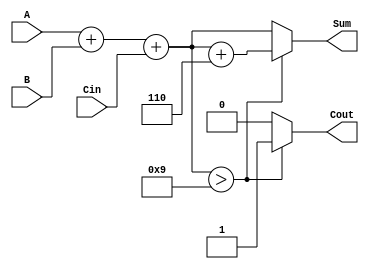
module BCD_Ripple_Carry_Adder (
    input  [3:0] A,      // First BCD digit
    input  [3:0] B,      // Second BCD digit
    input        Cin,     // Carry input
    output reg [3:0] Sum, // BCD sum output
    output reg Cout       // Carry output
);

    wire [4:0] binary_sum; // 5-bit to accommodate carry
    wire [3:0] corrected_sum;
    wire correction_needed;

    // Step 1: Perform binary addition
    assign binary_sum = A + B + Cin;

    // Step 2: Check if correction is needed (if binary_sum > 9)
    assign correction_needed = binary_sum[3:0] > 4'b1001;

    // Step 3: Correct the sum if necessary
    always @(*) begin
        if (correction_needed) begin
            Sum = binary_sum + 4'b0110; // Add 6 to correct
            Cout = 1;                    // Set carry output
        end else begin
            Sum = binary_sum[3:0];       // No correction needed
            Cout = 0;                    // No carry output
        end
    end

endmodule